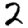
Digit: 2